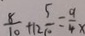
\frac { 8 } { 1 0 } + 1 2 \frac { 5 } { 1 0 } = \frac { 9 } { 4 } x